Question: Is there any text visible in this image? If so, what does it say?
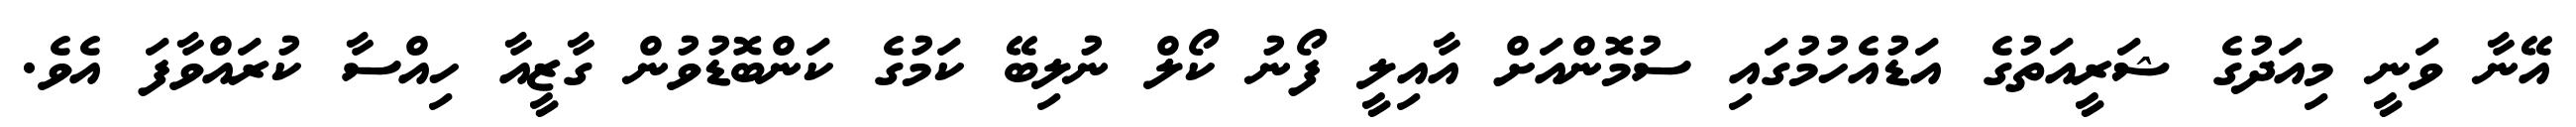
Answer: އޭނާ ވަނީ މިއަދުގެ ޝަރީއަތުގެ އަޑުއެހުމުގައި ސުމޮންއަށް އާއިލީ ފޯނު ކޯލް ނުލިބޭ ކަމުގެ ކަންބޮޑުވުން ގާޒީއާ ހިއްސާ ކުރައްވާފަ އެވެ.